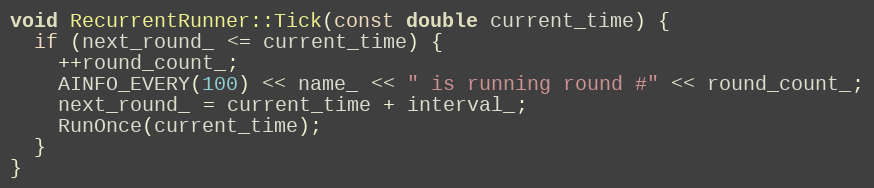
Language: C++
void RecurrentRunner::Tick(const double current_time) {
  if (next_round_ <= current_time) {
    ++round_count_;
    AINFO_EVERY(100) << name_ << " is running round #" << round_count_;
    next_round_ = current_time + interval_;
    RunOnce(current_time);
  }
}